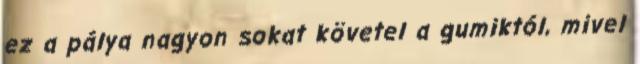
ez a pálya nagyon sokat követel a gumiktól, mivel